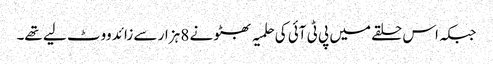
جبکہ اس حلقے میں پی ٹی آئی کی حلمیہ بھٹو نے 8 ہزار سے زائد ووٹ لیے تھے۔